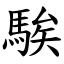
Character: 騃